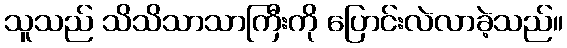
သူသည် သိသိသာသာကြီးကို ပြောင်းလဲလာခဲ့သည်။